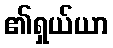
၏ရှယ်ယာ